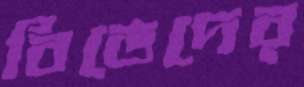
বিভেদের